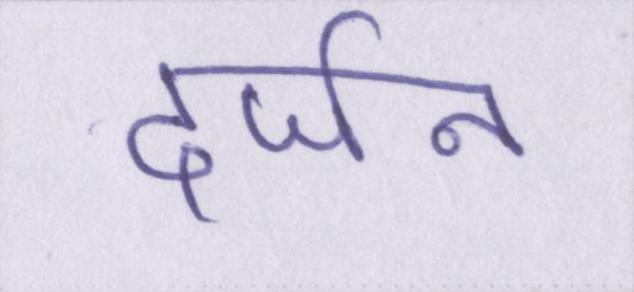
दर्जन